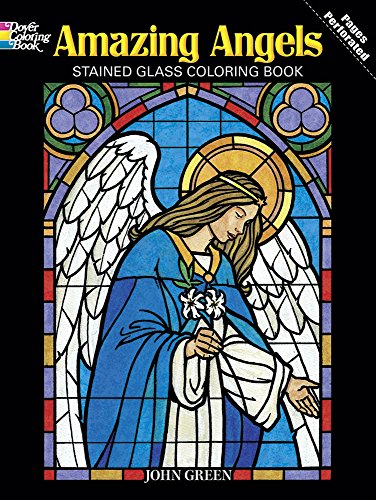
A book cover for Amazing Angels Stained Glass Coloring Book (Dover Stained Glass Coloring Book); John Green; Religion & Spirituality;